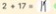
2 + 1 7 = 1 9